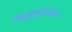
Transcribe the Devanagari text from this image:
जिह्वामूलीयस्य